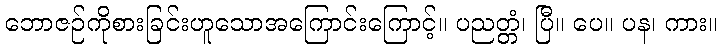
ဘောဇဉ်ကိုစားခြင်းဟူသောအကြောင်းကြောင့်။ ပညတ္တံ၊ ပြီ။ ပေ။ ပန၊ ကား။